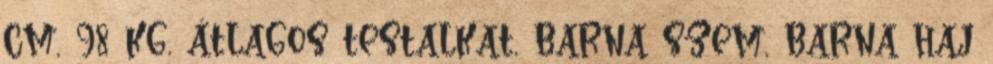
cm, 98 kg, átlagos testalkat, barna szem, barna haj